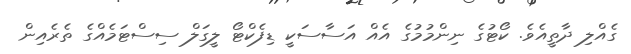
ގެއްލި ދާތީއެވެ. ކޯޓުގެ ނިންމުމުގެ އެއް އަސާސަކީ ޑިފެކްޓޯ ލީގަލް ސިސްޓަމެއްގެ ތެރެއިން